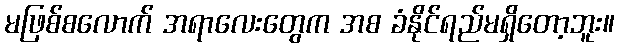
မဖြစ်စလောက် အရာလေးတွေက အစ ခံနိုင်ရည်မရှိတော့ဘူး။